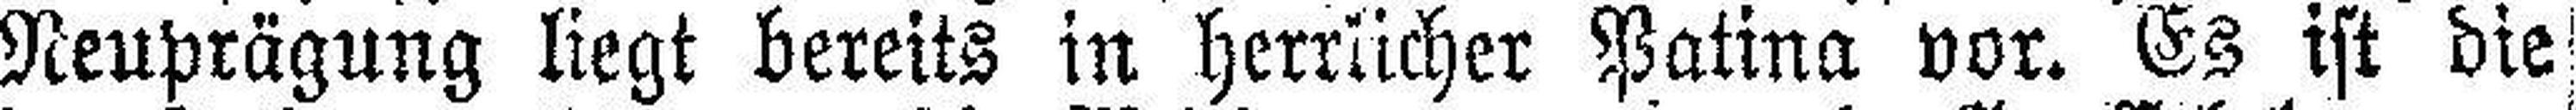
Neuprägung liegt bereits in herrlicher Patina vor. Es ist die